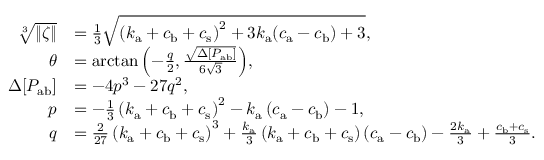
\begin{array} { r l } { \sqrt [ 3 ] { \| \zeta \| } } & { = \frac { 1 } { 3 } \sqrt { \left( k _ { \mathrm { a } } + c _ { \mathrm { b } } + c _ { \mathrm { s } } \right) ^ { 2 } + 3 k _ { \mathrm { a } } ( c _ { \mathrm { a } } - c _ { \mathrm { b } } ) + 3 } , } \\ { \theta } & { = \arctan { \left( - \frac { q } { 2 } , \frac { \sqrt { \Delta [ P _ { \mathrm { a b } } ] } } { 6 \sqrt { 3 } } \right) } , } \\ { \Delta [ P _ { \mathrm { a b } } ] } & { = - 4 p ^ { 3 } - 2 7 q ^ { 2 } , } \\ { p } & { = - \frac { 1 } { 3 } \left( k _ { \mathrm { a } } + c _ { \mathrm { b } } + c _ { \mathrm { s } } \right) ^ { 2 } - k _ { \mathrm { a } } \left( c _ { \mathrm { a } } - c _ { \mathrm { b } } \right) - 1 , } \\ { q } & { = \frac { 2 } { 2 7 } \left( k _ { \mathrm { a } } + c _ { \mathrm { b } } + c _ { \mathrm { s } } \right) ^ { 3 } + \frac { k _ { \mathrm { a } } } { 3 } \left( k _ { \mathrm { a } } + c _ { \mathrm { b } } + c _ { \mathrm { s } } \right) \left( c _ { \mathrm { a } } - c _ { \mathrm { b } } \right) - \frac { 2 k _ { \mathrm { a } } } { 3 } + \frac { c _ { \mathrm { b } } + c _ { \mathrm { s } } } { 3 } . } \end{array}